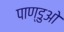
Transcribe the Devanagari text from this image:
पाण्डुओ